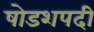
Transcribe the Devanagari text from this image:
षोडशपदी